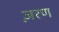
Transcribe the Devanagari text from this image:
ज़रण